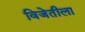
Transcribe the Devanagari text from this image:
विजेतीला